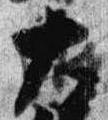
大